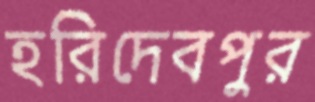
হরিদেবপুর